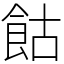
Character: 𩚩